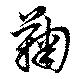
鞠